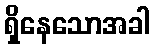
ရှိနေသောအခါ